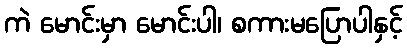
ကဲ မောင်းမှာ မောင်းပါ၊ စကားမပြောပါနှင့်